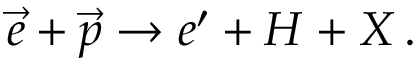
\vec { e } + \vec { p } \rightarrow e ^ { \prime } + H + X \, .